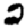
Digit: 2